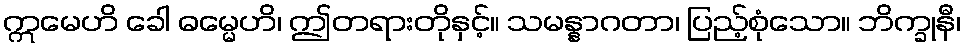
ဣမေဟိ ခေါ ဓမ္မေဟိ၊ ဤတရားတိုနှင့်။ သမန္နာဂတာ၊ ပြည့်စုံသော။ ဘိက္ခုနီ၊